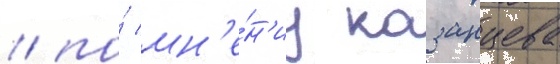
/ по́ мн'е́н'иу казанцева